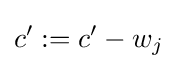
c':=c'-w_{j}